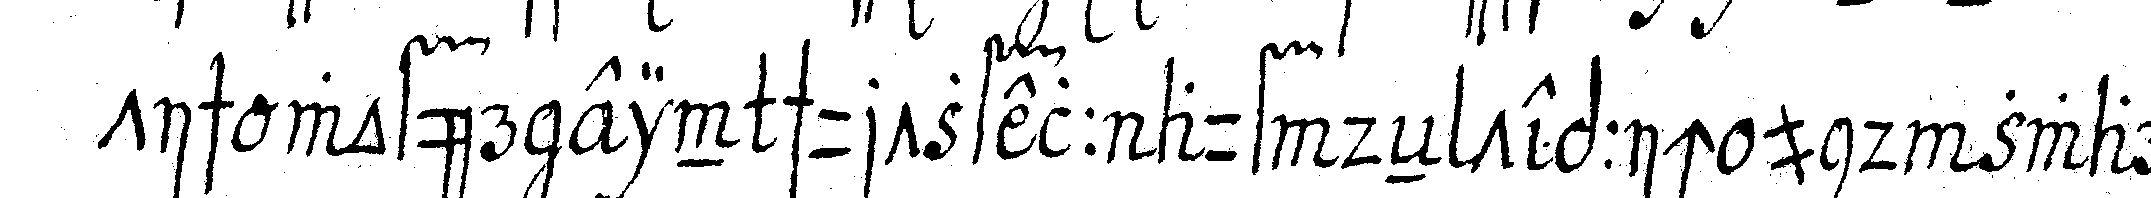
tisch wofür ein schurtzfell auf deN teppich und zwar